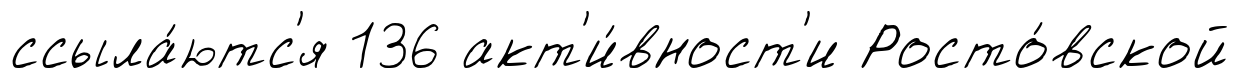
ссыла́ютс'я 136 акт'и́вност'и Росто́вской